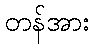
တန်အား